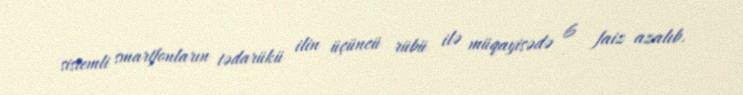
sistemli smartfonların tədarükü ilin üçüncü rübü ilə müqayisədə 6 faiz azalıb.